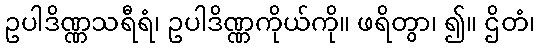
ဥပါဒိဏ္ဏသရီရံ၊ ဥပါဒိဏ္ဏကိုယ်ကို။ ဖရိတွာ၊ ၍။ ဌိတံ၊